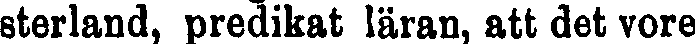
sterland, predikat läran, att det vore